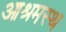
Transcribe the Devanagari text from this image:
आश्रमस्थ